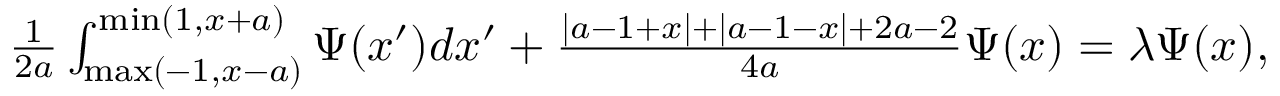
\begin{array} { r } { \frac { 1 } { 2 a } \int _ { \mathrm { m a x } ( - 1 , x - a ) } ^ { \mathrm { m i n } ( 1 , x + a ) } \Psi ( x ^ { \prime } ) d x ^ { \prime } + \frac { | a - 1 + x | + | a - 1 - x | + 2 a - 2 } { 4 a } \Psi ( x ) = \lambda \Psi ( x ) , } \end{array}